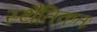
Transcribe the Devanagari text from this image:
स्थैतिकतः